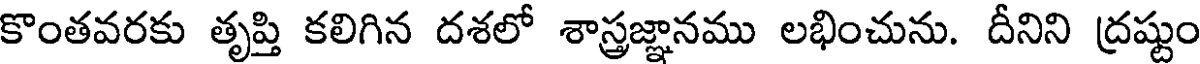
కొంతవరకు తృప్తి కలిగిన దశలో శాస్త్రజ్ఞానము లభించును. దీనిని ద్రష్టుం